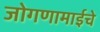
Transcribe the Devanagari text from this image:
जोगणामाईचे